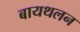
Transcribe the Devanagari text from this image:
बायथलन